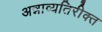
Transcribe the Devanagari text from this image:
अन्नाव्यतिरीक्त